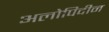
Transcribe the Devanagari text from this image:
अलोपिदीन